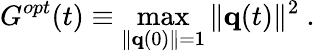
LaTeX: G^{opt}(t)\equiv\operatorname*{max}_{\| {\mathbf q}(0)\| =1}\| {\mathbf q}(t)\| ^{2}\mathrm{~.~}